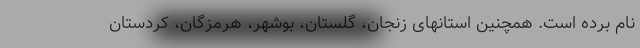
نام برده است. همچنین استانهای زنجان، گلستان، بوشهر، هرمزگان، کردستان